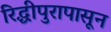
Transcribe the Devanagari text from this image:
रिद्धीपुरापासून